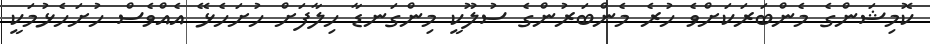
ކޮމިޝަންގެ މެންބަރަކަށްވެ ހުރެ މެންބަރުންގެ ސުލޫކީ މިންގަނޑާ ހިލާފަށް ހުށަހެޅޭ އެއްވެސް ހުށަހެޅުމަކީ